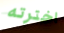
اخترته